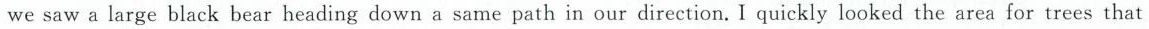
we saw a large black bear heading down a same path in our direction. I quickly looked the area for trees that